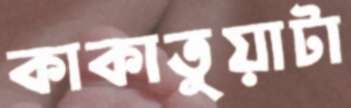
কাকাতুয়াটা